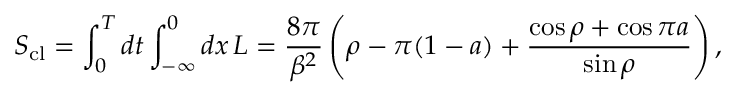
S _ { \mathrm { c l } } = \int _ { 0 } ^ { T } d t \int _ { - \infty } ^ { 0 } d x \, { \cal L } = \frac { 8 \pi } { \beta ^ { 2 } } \left( \rho - \pi ( 1 - a ) + \frac { \cos \rho + \cos \pi a } { \sin \rho } \right) ,